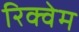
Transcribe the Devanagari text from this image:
रिक्वेम